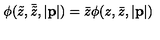
\phi ( \tilde { z } , \bar { \tilde { z } } , | { \bf p } | ) = \bar { z } \phi ( z , \bar { z } , | { \bf p } | )